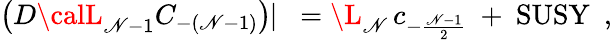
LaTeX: \left(D{\calL}_{\mathscr{N}-1}C_{-(\mathscr{N}-1)}\right)\! \! \mid\ =\L_{\mathscr{N}}\, c_{-\frac{{\mathscr{N}-1}}{{2}}}\ +\ \mathrm{{SUSY}}\ \ ,